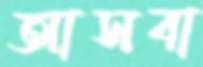
আসবা